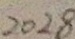
2 0 2 8